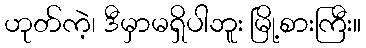
ဟုတ်ကဲ့၊ ဒီမှာမရှိပါဘူး မြို့စားကြီး။